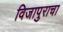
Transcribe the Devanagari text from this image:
विजापुराचा